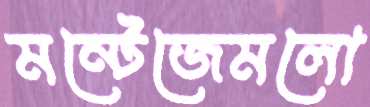
মন্টেজেমলো